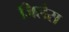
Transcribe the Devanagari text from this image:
जिलेस